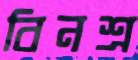
বিনশ্র